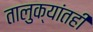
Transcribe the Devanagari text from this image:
तालुक्यांतही